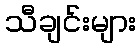
သီချင်းများ